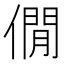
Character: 僩